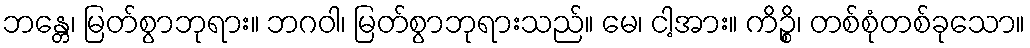
ဘန္တေ၊ မြတ်စွာဘုရား။ ဘဂဝါ၊ မြတ်စွာဘုရားသည်။ မေ၊ ငါ့အား။ ကိဉ္စိ၊ တစ်စုံတစ်ခုသော။